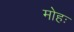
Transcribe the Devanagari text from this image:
मोहः